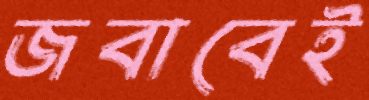
জবাবেই